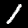
Digit: 1